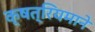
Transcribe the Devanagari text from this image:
क्षत्रियमाने